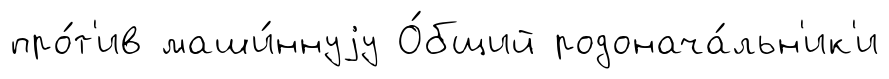
про́т'ив маши́ннуjу О́бщий родонача́льн'ик'и